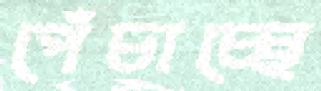
পেঁচাচ্ছে